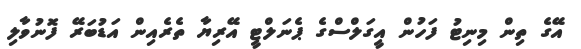
އޭގެ ތިން މިނިޓު ފަހުން އީގަލްސްގެ ޕެނަލްޓީ އޭރިޔާ ތެރެއިން އަޑުބަރޭ ފޮނުވާލި